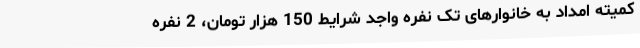
کمیته امداد به خانوارهای تک نفره واجد شرایط 150 هزار تومان، 2 نفره